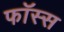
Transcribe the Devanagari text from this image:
फॉस्स